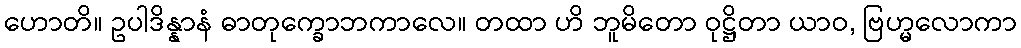
ဟောတိ။ ဥပါဒိန္နာနံ ဓာတုက္ခောဘကာလေ။ တထာ ဟိ ဘူမိတော ဝုဋ္ဌိတာ ယာဝ, ဗြဟ္မလောကာ